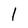
Character: I